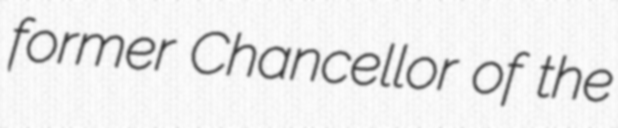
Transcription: former Chancellor of the